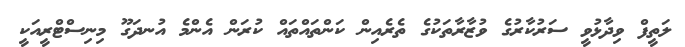
ލަތީފް ވިދާޅުވީ ސަރުކާރުގެ ވުޒާރާތަކުގެ ތެރެއިން ކަންތައްތައް ކުރަން އެންމެ އުނދަގޫ މިނިސްޓްރީއަކީ